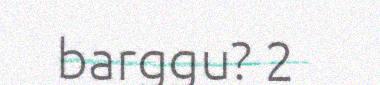
barggu? 2